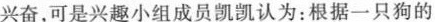
兴奋，可是兴趣小组成员凯凯认为：根据一只狗的